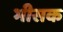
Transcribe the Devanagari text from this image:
भीसक